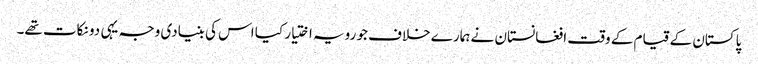
پاکستان کے قیام کے وقت افغانستان نے ہمارے خلاف جو رویہ اختیار کیا اس کی بنیادی وجہ یہی دو نکات تھے۔